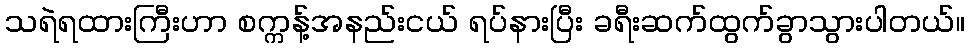
သရဲရထားကြီးဟာ စက္ကန့်အနည်းငယ် ရပ်နားပြီး ခရီးဆက်ထွက်ခွာသွားပါတယ်။